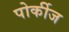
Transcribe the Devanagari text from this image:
पोर्कीज